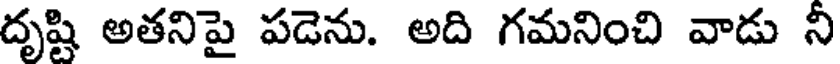
దృష్టి అతనిపై పడెను. అది గమనించి వాడు నీ